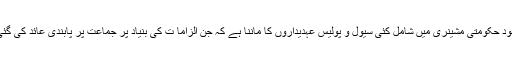
تاہم نہ صرف بیشتر مبصرین بلکہ خود حکومتی مشینری میں شامل کئی سیول و پولیس عہدیداروں کا ماننا ہے کہ جن الزاما ت کی بنیاد پر جماعت پر پابندی عائد کی گئی ہے ،اُن کی کوئی حقیقت نہیں ہے ۔